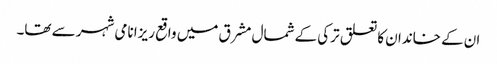
ان کے خاندان کا تعلق ترکی کے شمال مشرق میں واقع ریزا نامی شہر سے تھا۔